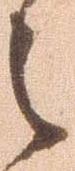
々